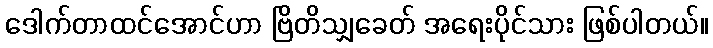
ဒေါက်တာထင်အောင်ဟာ ဗြိတိသျှခေတ် အရေးပိုင်သား ဖြစ်ပါတယ်။